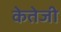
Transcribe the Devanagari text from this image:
केतेजी